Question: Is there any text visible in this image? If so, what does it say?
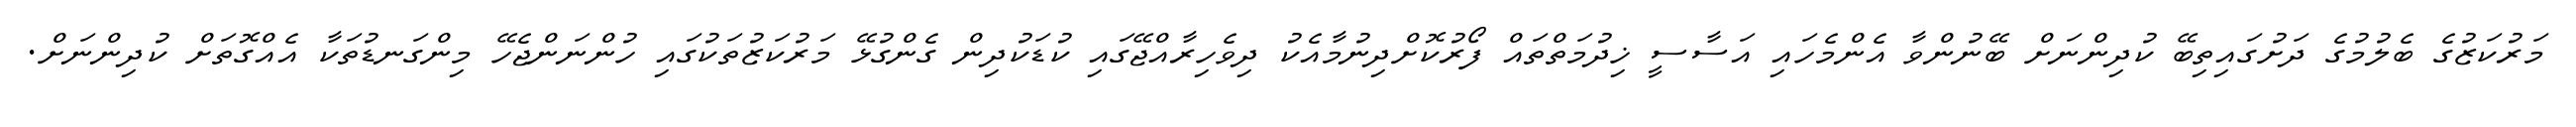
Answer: މަރުކަޒުގެ ބެލުމުގެ ދަށުގައިތިބޭ ކުދިންނަށް ބޭނުންވާ އެންމެހައި އަސާސީ ޚިދުމަތްތައް ފޯރުކޮށްދިނުމާއެކު ދިވެހިރާއްޖޭގައި ކުޑަކުދިން ގެންގުޅޭ މަރުކަޒުތަކުގައި ހުންނަންޖެހޭ މިންގަނޑުތަކާ އެއްގޮތަށް ކުދިންނަށް.